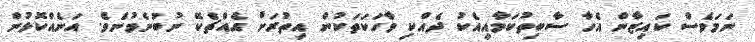
ނަމަވެސް ކައިޒާން އެހާ ސާބިތުކަމާއިއެކު ދެއްކި ވާހަކަތަކުން އިތުރަށް އެއްޗެކޭ ނުބުނެވުނެވެ. އަނެއްކޮޅުން